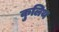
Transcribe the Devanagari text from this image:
कुलिथ